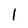
Character: l